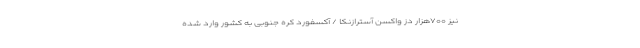
نیز ۷۰۰هزار دز واکسن آسترازنکا / آکسفورد کره جنوبی به کشور وارد شده